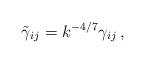
LaTeX: \begin{align*}\tilde{\gamma}_{ij}=k^{-4/7}\gamma_{ij}\, ,\end{align*}